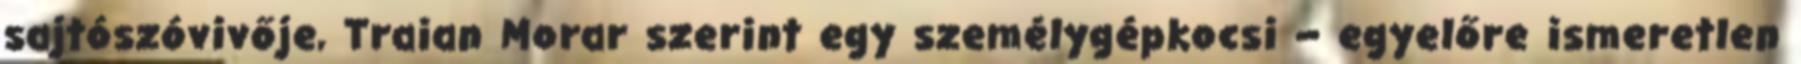
sajtószóvivője, Traian Morar szerint egy személygépkocsi – egyelőre ismeretlen